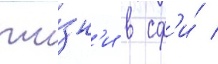
жи́зн'и в сф'и́ /